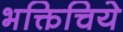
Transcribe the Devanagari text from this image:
भक्तिचिये